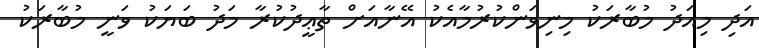
އަދި މިއަދު މުބާރަކު މިނިވަންކުރުމާއެކު އޭނާއަށް ތާޢީދުކުރާ މަދު ބަޔަކު ވަނީ މުބާރަކު